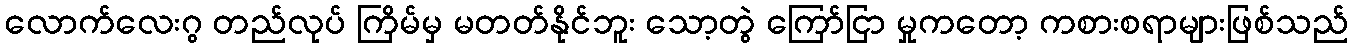
လောက်လေးဂွ တည်လုပ် ကြိမ်မှ မတတ်နိုင်ဘူး သော့တွဲ ကြော်ငြာ မှုကတော့ ကစားစရာများဖြစ်သည်